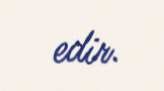
edir.